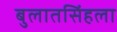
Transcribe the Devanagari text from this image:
बुलातसिंहला